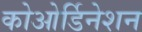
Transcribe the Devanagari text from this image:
कोओर्डिनेशन